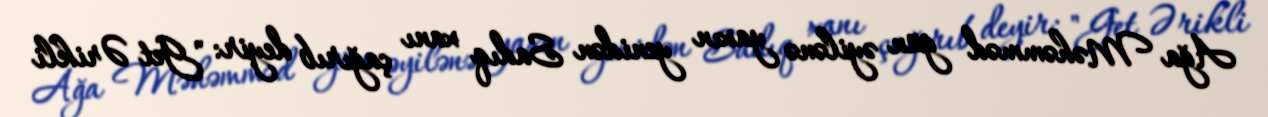
Ağa Məhəmməd gün əyilənə yaxın yenidən Sadıq xanı çağırıb deyir: "Get Ərikli